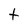
Character: t